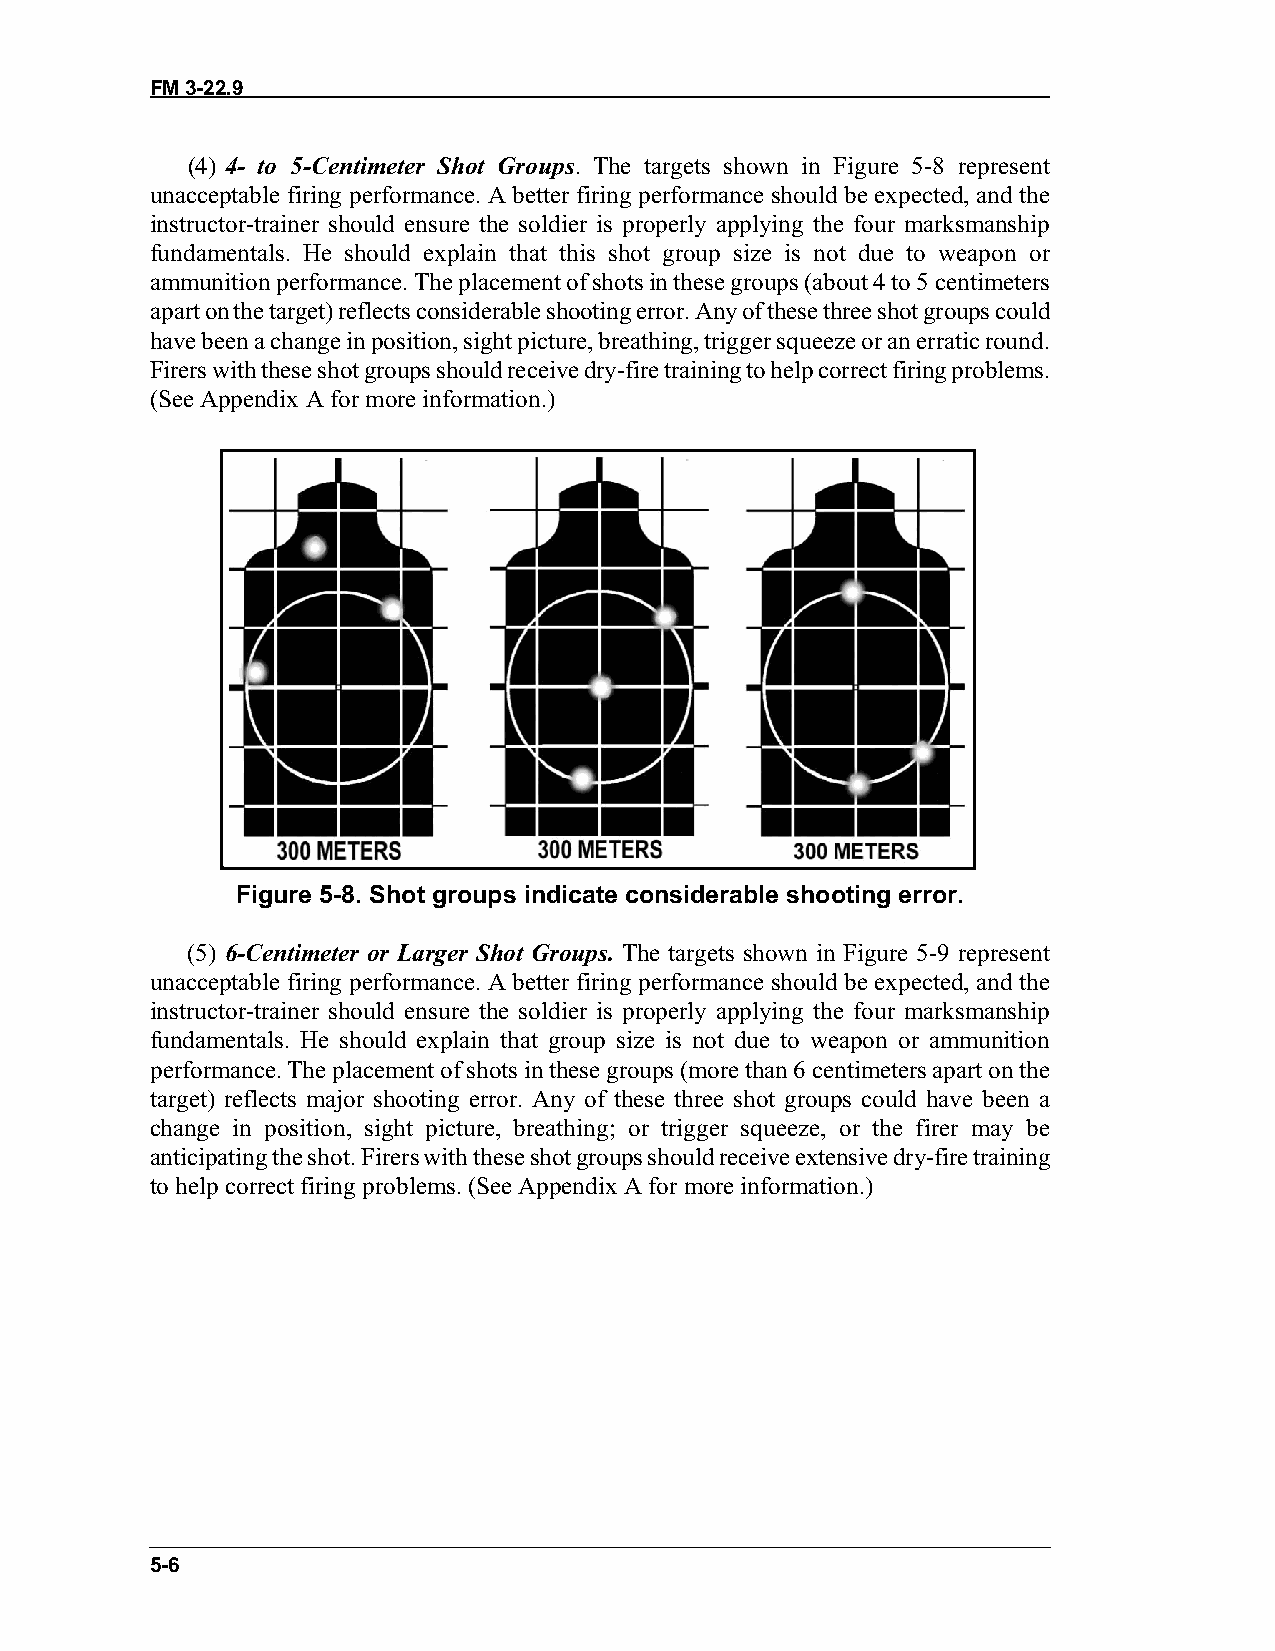
FM 3-22.9
 (4) 4- to 5-Centimeter Shot Groups. The targets shown in Figure 5-8 represent
 unacceptable firing performance. A better firing performance should be expected, and the
 instructor-trainer should ensure the soldier is properly applying the four marksmanship
 fundamentals. He should explain that this shot group size is not due to weapon or
 ammunition performance. The placement of shots in these groups (about 4 to 5 centimeters
 apart on the target) reflects considerable shooting error. Any of these three shot groups could
 have been a change in position, sight picture, breathing, trigger squeeze or an erratic round.
 Firers with these shot groups should receive dry-fire training to help correct firing problems.
 (See Appendix A for more information.)
 Figure 5-8. Shot groups indicate considerable shooting error.
 (5) 6-Centimeter or Larger Shot Groups. The targets shown in Figure 5-9 represent
 unacceptable firing performance. A better firing performance should be expected, and the
 instructor-trainer should ensure the soldier is properly applying the four marksmanship
 fundamentals. He should explain that group size is not due to weapon or ammunition
 performance. The placement of shots in these groups (more than 6 centimeters apart on the
 target) reflects major shooting error. Any of these three shot groups could have been a
 change in position, sight picture, breathing; or trigger squeeze, or the firer may be
 anticipating the shot. Firers with these shot groups should receive extensive dry-fire training
 to help correct firing problems. (See Appendix A for more information.)
 5-6